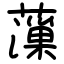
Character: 薻